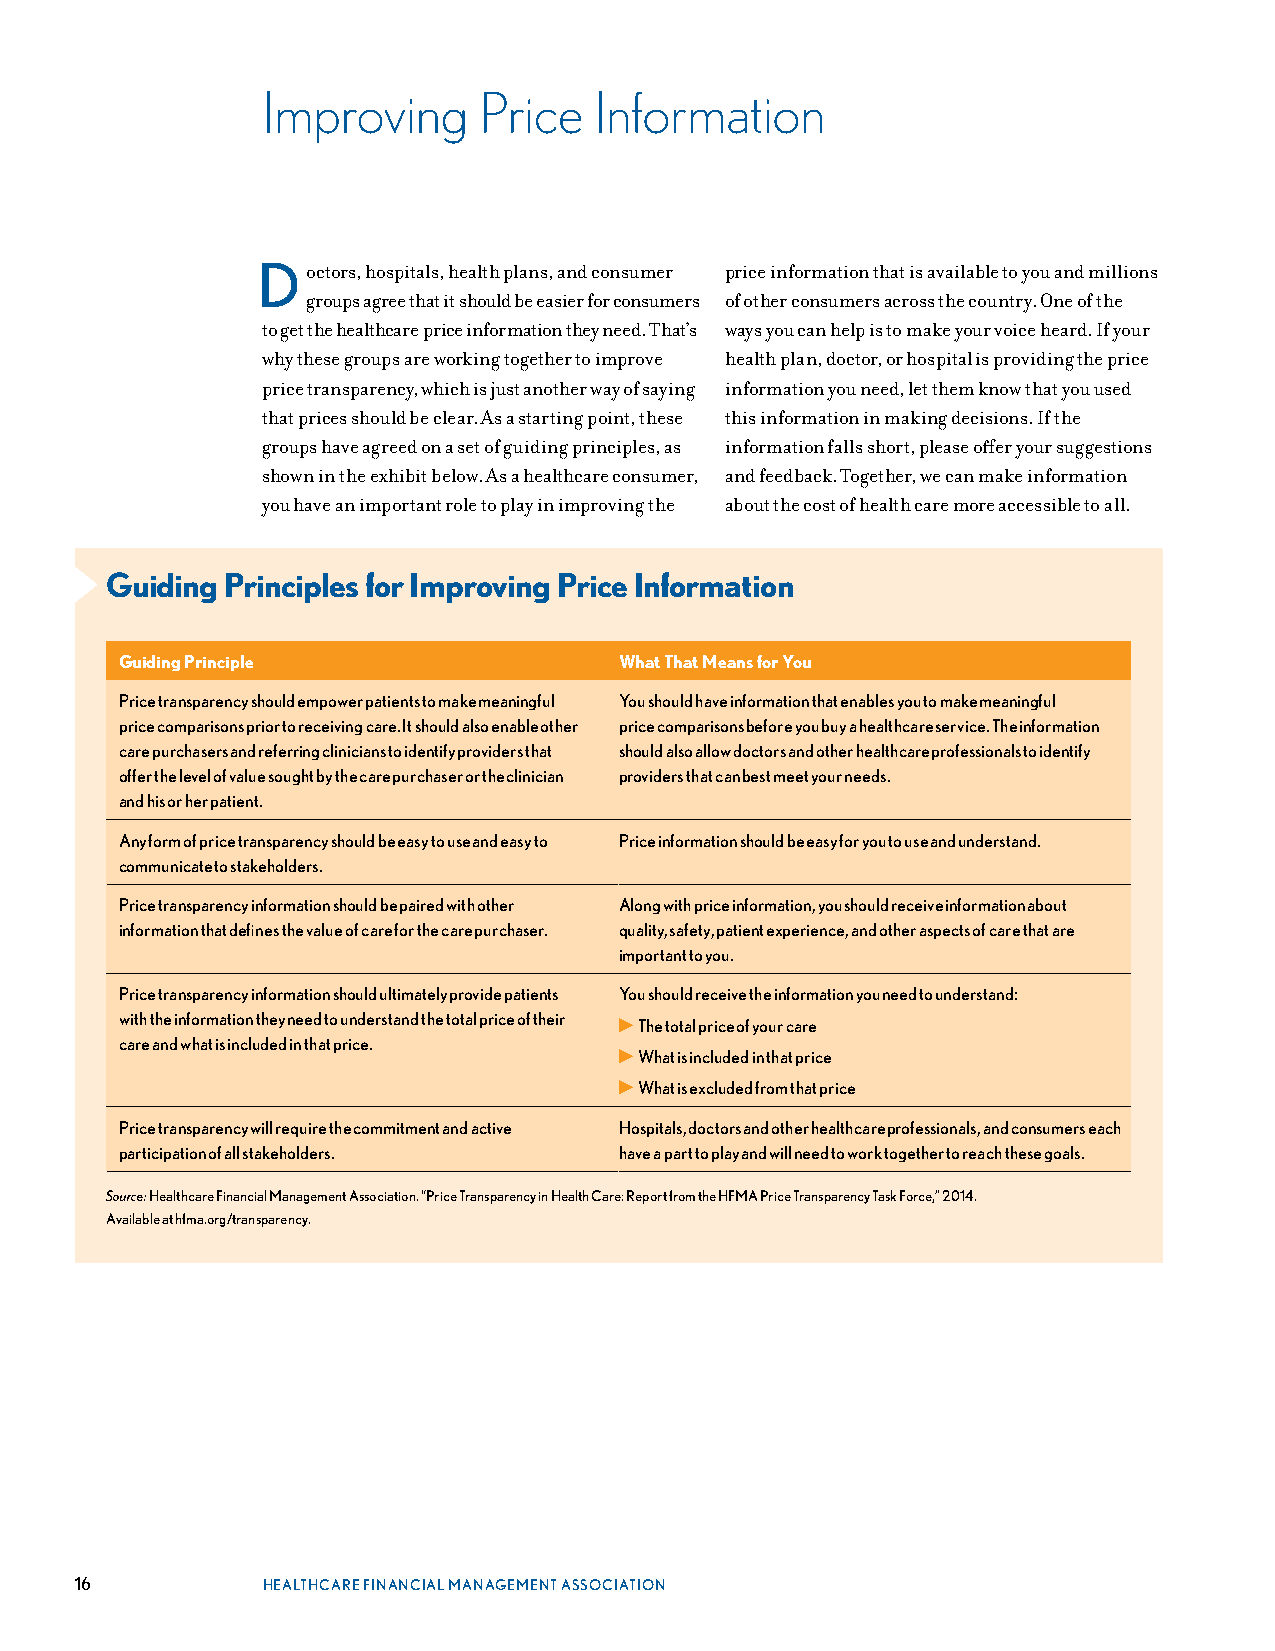
Improving      Price  Information
 Doctors, hospitals, health plans, and consumer price information that is available to you and millions
 groups agree that it should be easier for consumers of other consumers across the country . One of the
 to get the healthcare price information they need . That’s ways you can help is to make your voice heard . If your
 why these groups are working together to improve health plan, doctor, or hospital is providing the price
 price transparency, which is just another way of saying information you need, let them know that you used
 that prices should be clear . As a starting point, these this information in making decisions . If the
 groups have agreed on a set of guiding principles, as information falls short, please offer your suggestions
 shown in the exhibit below . As a healthcare consumer, and feedback . Together, we can make information
 you have an important role to play in improving the about the cost of health care more accessible to all .
 Guiding Principles for Improving Price Information
 Guiding Principle                What That Means for You
 Price transparency should empower patients to make meaningful You should have information that enables you to make meaningful
 price comparisons prior to receiving care. It should also enable other price comparisons before you buy a healthcare service. The information
 care purchasers and referring clinicians to identify providers that should also allow doctors and other healthcare professionals to identify
 offer the level of value sought by the care purchaser or the clinician providers that can best meet your needs.
 and his or her patient.
 Any form of price transparency should be easy to use and easy to Price information should be easy for you to use and understand.
 communicate to stakeholders.
 Price transparency information should be paired with other Along with price information, you should receive information about
 information that defines the value of care for the care purchaser. quality, safety, patient experience, and other aspects of care that are
 important to you.
 Price transparency information should ultimately provide patients You should receive the information you need to understand:
 with the information they need to understand the total price of their ▶ The total price of your care
 care and what is included in that price.
 ▶ What is included in that price
 ▶ What is excluded from that price
 Price transparency will require the commitment and active Hospitals, doctors and other healthcare professionals, and consumers each
 participation of all stakeholders. have a part to play and will need to work together to reach these goals.
 Source: Healthcare Financial Management Association. “Price Transparency in Health Care: Report from the HFMA Price Transparency Task Force,” 2014.
 Available at hfma.org/transparency.
 16          HEALTHCARE FINANCIAL MANAGEMENT ASSOCIATION